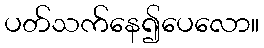
ပတ်သက်နေ၍ပေလော။